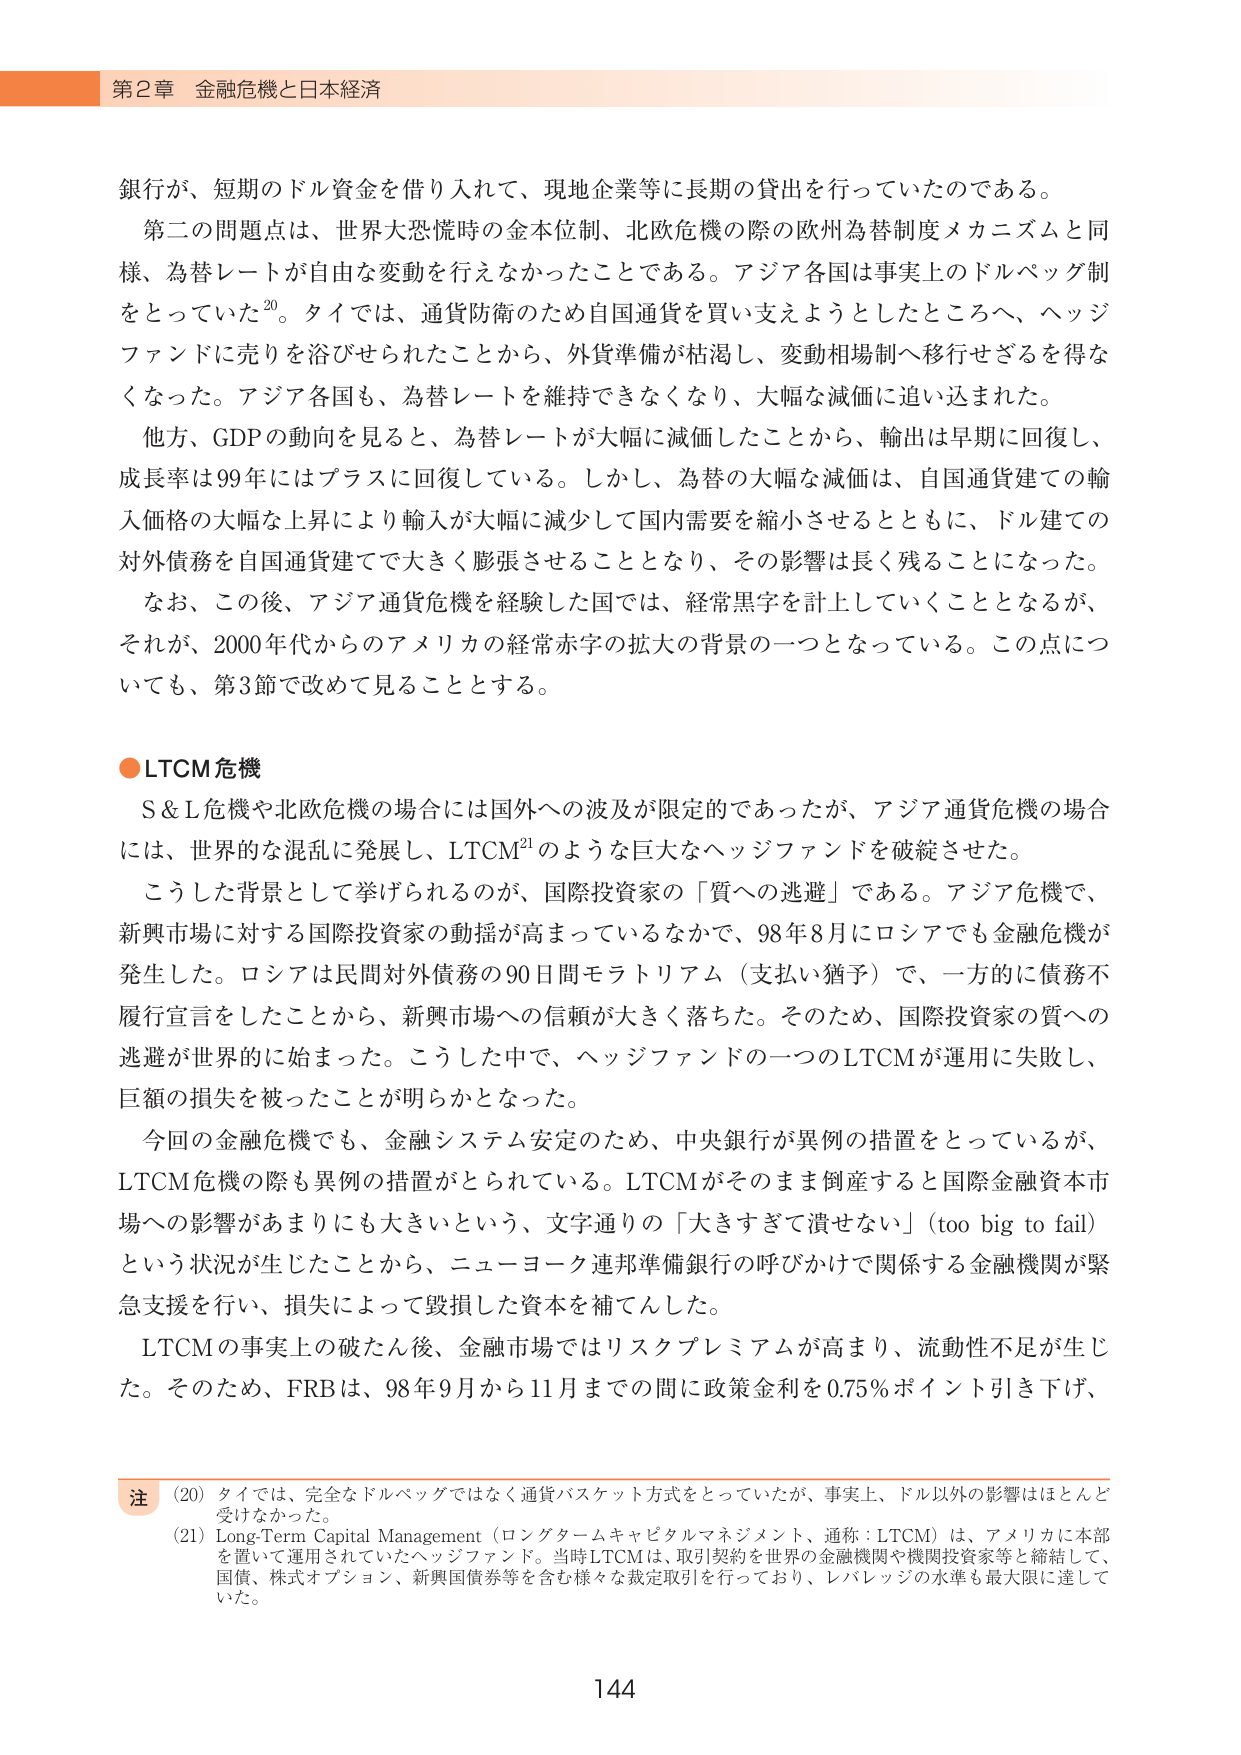
第2章 金融危機と日本経済

銀行が、短期のドル資金を借り入れて、現地企業等に長期の貸出を行っていたのである。

第二の問題点は、世界大恐慌時の金本位制、北欧危機の際の欧州為替制度メカニズムと同様、為替レートが自由な変動を行えなかったことである。アジア各国は事実上のドルベッジ制をとっていた20。タイでは、通貨防衛のため自国通貨を買い支えようとしたところへ、ヘッジファンドに売りを浴びせられたことから、外貨準備が枯渇し、変動相場制へ移行せざるを得なくなった。アジア各国も、為替レートを維持できなくなり、大幅な減価に追い込まれた。

他方、GDPの動向を見ると、為替レートが大幅に減価したことから、輸出は早期に回復し、成長率は99年にはプラスに回復している。しかし、為替の大幅な減価は、自国通貨建ての輸入価格の大幅な上昇により輸入が大幅に減少して国内需要を縮小させるとともに、ドル建ての対外債務を自国通貨建てで大きく膨張させることとなり、その影響は長く残ることになった。

なお、この後、アジア通貨危機を経験した国では、経常黒字を計上していくこととなるが、それが、2000年代からのアメリカの経常赤字の拡大の背景の一つとなっている。この点についても、第3節で改めて見ることとする。

●LTCM危機

S＆L危機や北欧危機の場合には国外への波及が限定的であったが、アジア通貨危機の場合には、世界的な混乱に発展し、LTCM21のような巨大なヘッジファンドを破綻させた。

こうした背景として挙げられるのが、国際投資家の「質への逃避」である。アジア危機で、新興市場に対する国際投資家の動揺が高まっているなかで、98年8月にロシアでも金融危機が発生した。ロシアは民間対外債務の90日間モラトリアム（支払い猶予）で、一方的に債務不履行宣言をしたことから、新興市場への信頼が大きく落ちた。そのため、国際投資家の質への逃避が世界的に始まった。こうした中で、ヘッジファンドの一つのLTCMが運用に失敗し、巨額の損失を被ったことが明らかとなった。

今回の金融危機でも、金融システム安定のため、中央銀行が異例の措置をとっているが、LTCM危機の際も異例の措置がとられている。LTCMがそのまま倒産すると国際金融資本市場への影響があまりにも大きいという、文字通りの「大きすぎて潰せない」（too big to fail）という状況が生じたことから、ニューヨーク連邦準備銀行の呼びかけで関係する金融機関が緊急支援を行い、損失によって毀損した資本を補てんした。

LTCMの事実上の破たん後、金融市場ではリスクプレミアムが高まり、流動性不足が生じた。そのため、FRBは、98年9月から11月までの間に政策金利を0.75％ポイント引き下げ、

注
(20) タイでは、完全なドルベッジではなく通貨バスケット方式をとっていたが、事実上、ドル以外の影響はほとんど受けなかった。
(21) Long-Term Capital Management（ロングタームキャピタルマネジメント、通称：LTCM）は、アメリカに本部を置いて運用されていたヘッジファンド。当時LTCMは、取引契約を世界の金融機関や機関投資家等と締結して、国債、株式オプション、新興国債券等を含む様々な裁定取引を行っており、レバレッジの水準も最大限に達していた。

144